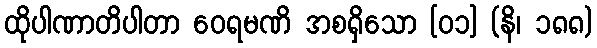
ထိုပါဏာတိပါတာ ဝေရမဏိ အစရှိသော [၀၁] (နိ၊ ၁၈၈)